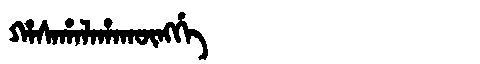
Manchu: ᡥᠠᠰᠠᡥᠠᠯᠠᡥᠠᡴᡡᠩᡤᡝ
Romanization: HASAHALAHAKŪNGGE